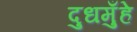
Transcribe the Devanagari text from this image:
दुधमुँहे